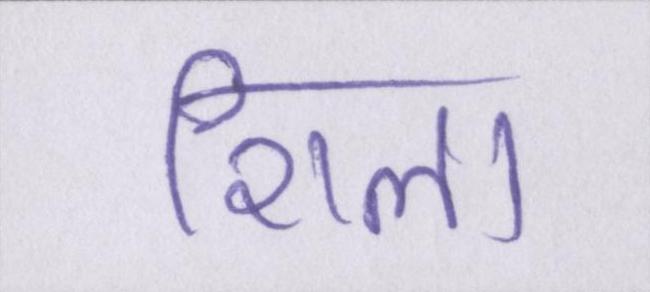
शिला